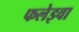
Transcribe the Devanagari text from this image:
फलेइवा